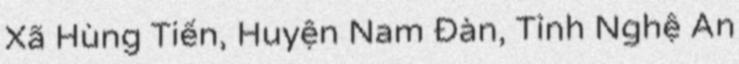
Xã Hùng Tiến, Huyện Nam Đàn, Tỉnh Nghệ An